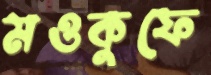
মওকুফে